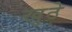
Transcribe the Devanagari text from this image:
खुठे